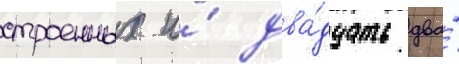
строенных и́ два́дцать два́